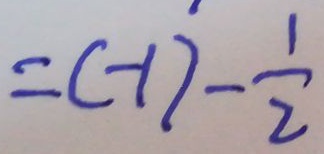
= ( - 1 ) ^ { \prime } - \frac { 1 } { 2 }